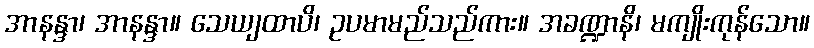
အာနန္ဒာ၊ အာနန္ဒာ။ သေယျထာပိ၊ ဥပမာမည်သည်ကား။ အခဏ္ဍာနိ၊ မကျိုးကုန်သော။